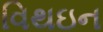
વિથઇન